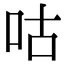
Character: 咕